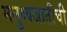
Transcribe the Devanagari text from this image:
मनुष्यजातीची